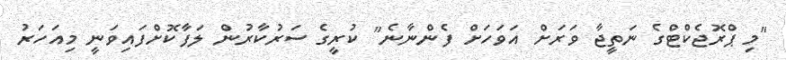
"މި ޕްރޮޖެކްޓްގެ ނަތީޖާ ވަރަށް އަވަހަށް ފެންނާނެ" ކުރީގެ ސަރުކާރުން ލަފާކޮށްފައިވަނީ މިއަހަރު